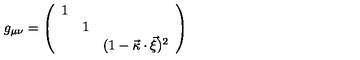
g _ { \mu \nu } = \left( \begin{array} { c c c } { 1 } & { } & { } \\ { } & { 1 } & { } \\ { } & { } & { ( 1 - \vec { \kappa } \cdot \vec { \xi } ) ^ { 2 } } \\ \end{array} \right)